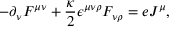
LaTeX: - \partial _ { \nu } F ^ { \mu \nu } + \frac { \kappa } { 2 } { \epsilon } ^ { \mu \nu \rho } F _ { \nu \rho } = e J ^ { \mu } ,